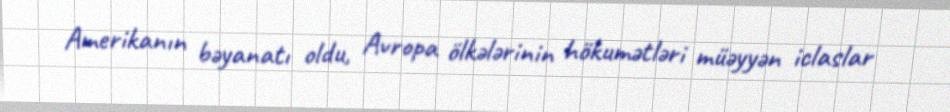
Amerikanın bəyanatı oldu, Avropa ölkələrinin hökumətləri müəyyən iclaslar